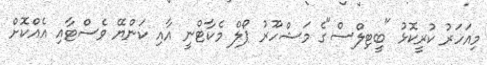
މިއަހަރު ކުރީކޮޅު "ބީޓިލްސް"ގެ މަޝްހޫރު ޕޯލް މެކާޓްނީ އާއި ކަންޔޭ ވެސްޓާއި އެއްކޮށް